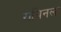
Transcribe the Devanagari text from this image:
राबिनला